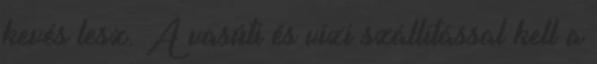
kevés lesz. A vasúti és vízi szállítással kell a